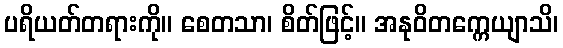
ပရိယတ်တရားကို။ စေတသာ၊ စိတ်ဖြင့်။ အနုဝိတက္ကေယျာသိ၊